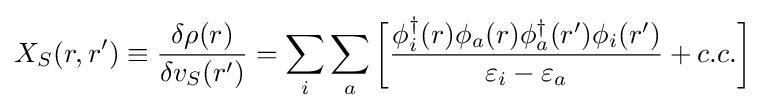
X_{S}(r,r')\equiv {\frac {\delta \rho (r)}{\delta v_{S}(r')}}=\sum _{i}\sum _{a}{\bigg [}{\frac {\phi _{i}^{\dagger }(r)\phi _{a}(r)\phi _{a}^{\dagger }(r')\phi _{i}(r')}{\varepsilon _{i}-\varepsilon _{a}}}+c.c.{\bigg ]}